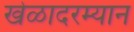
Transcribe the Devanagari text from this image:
खेळादरम्यान